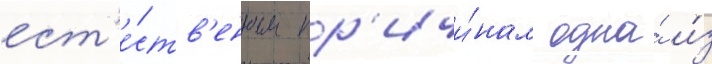
ест'е́ств'енным пр'ичи́нам одна́ и́з